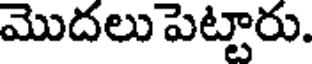
మొదలు పెట్టారు.